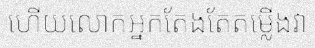
ហើយលោកអ្នកតែងតែតម្លើងវា